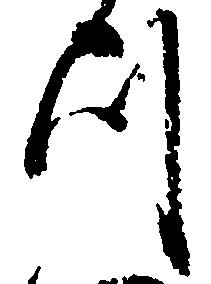
つ